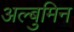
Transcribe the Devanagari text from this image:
अल्बुमिन